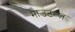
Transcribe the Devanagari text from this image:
माउंटन्ज़